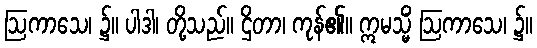
ဩကာသေ၊ ၌။ ပါဒါ၊ တို့သည်။ ဌိတာ၊ ကုန်၏။ ဣမသ္မိံ ဩကာသေ၊ ၌။